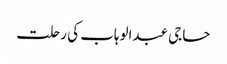
حاجی عبدالوہاب کی رحلت